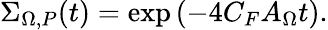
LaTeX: \Sigma_{\Omega,P}(t)=\exp\left(-4C_{F}A_{\Omega}t\right).